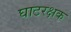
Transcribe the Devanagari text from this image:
घाटरक्षक